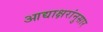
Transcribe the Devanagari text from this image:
आद्याक्षरांनुसार